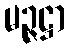
မဉ္ဇဋ္ဌာ